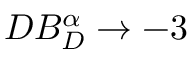
D B _ { D } ^ { \alpha } \to - 3